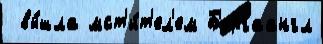
 вы́шла мст'и́т'ел'ем Б'ергаангл